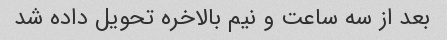
بعد از سه ساعت و نیم بالاخره تحویل داده شد